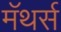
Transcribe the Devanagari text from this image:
मॅथर्स